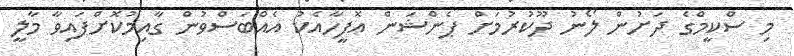
މި ސްކީމްގެ ދަށުން ލޯނު ދޫކުރުމަށް ޕެންޝަން އޮފީހާއެކު އެއްބަސްވުން ގާއިމުކޮށްފައިވާ މާލީ